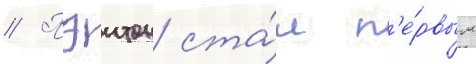
// Пэитон ста́л п'е́рвым